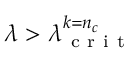
\lambda > \lambda _ { \mathrm { ~ c ~ r ~ i ~ t ~ } } ^ { k = n _ { c } }